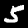
Label: 5